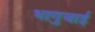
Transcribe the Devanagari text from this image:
भागुबाई